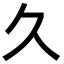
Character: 久